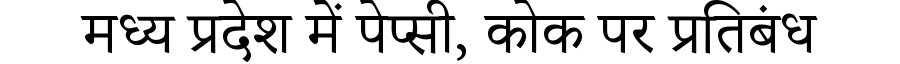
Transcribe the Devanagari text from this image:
मध्य प्रदेश में पेप्सी, कोक पर प्रतिबंध